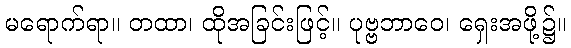
မရောက်ရာ။ တထာ၊ ထိုအခြင်းဖြင့်။ ပုဗ္ဗဘာဝေ၊ ရှေးအဖို့၌။